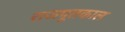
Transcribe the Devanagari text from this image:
राजपूतकाल